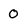
Character: 0